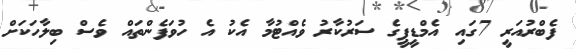
ފެބްރުއަރީ 7ގައި އެމްޑީޕީގެ ސަރުކާރު ވެއްޓުމާ އެކު އެ ހުވަފެންތައް ވެސް ބިލާހަކަށް